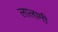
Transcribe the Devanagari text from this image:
लालामी